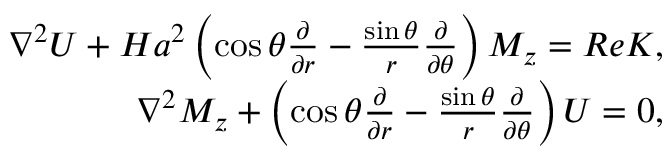
\begin{array} { r } { \nabla ^ { 2 } U + H a ^ { 2 } \left( \cos { \theta } \frac { \partial } { \partial r } - \frac { \sin { \theta } } { r } \frac { \partial } { \partial \theta } \right) M _ { z } = R e K , } \\ { \nabla ^ { 2 } M _ { z } + \left( \cos { \theta } \frac { \partial } { \partial r } - \frac { \sin { \theta } } { r } \frac { \partial } { \partial \theta } \right) U = 0 , } \end{array}